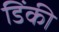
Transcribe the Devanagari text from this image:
डिंकी